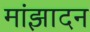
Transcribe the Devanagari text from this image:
मांझादन